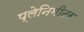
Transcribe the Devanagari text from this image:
प्लेनिमीटर